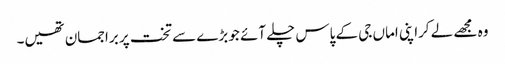
وہ مجھے لے کراپنی اماں جی کے پاس چلے آئے جو بڑے سے تخت پر براجمان تھیں۔